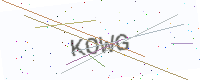
Text: KOWG